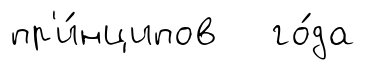
пр'и́нципов го́да